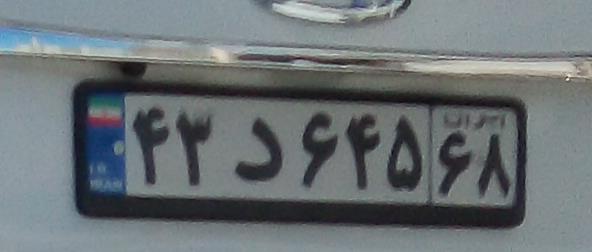
۴۳د۶۴۵۶۸